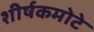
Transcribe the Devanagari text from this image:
शीर्षकमोटे